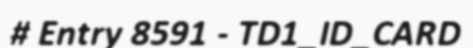
# Entry 8591 - TD1_ID_CARD